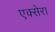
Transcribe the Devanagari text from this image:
एक्सेरा